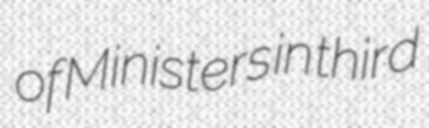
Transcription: of Ministers in third